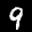
Label: 9